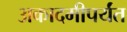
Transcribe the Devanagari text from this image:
अकादमीपर्यंत